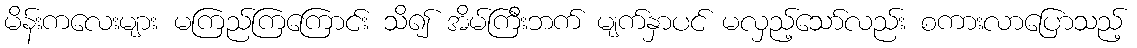
မိန်းကလေးများ မကြည်ကြကြောင်း သိ၍ အိမ်ကြီးဘက် မျက်နှာပင် မလှည့်သော်လည်း စကားလာပြောသည့်